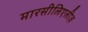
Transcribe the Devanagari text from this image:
मारसीलिएलीज़